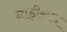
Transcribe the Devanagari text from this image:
नाड़ीस्पंद